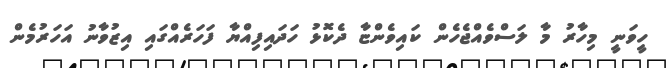
ހީވަނީ މިހާރު މާ ލަސްވެއްޖެހެން ކައިވެންޏާ ދެކޮޅު ހަދައިފިއްޔާ ފަހަރެއްގައި އިޒުވާނު އަހަރުމެން